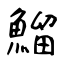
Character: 鰡